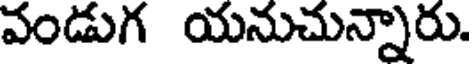
వండుగ యనుచున్నారు.